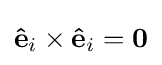
\mathbf {\hat {e}} _{i}\times \mathbf {\hat {e}} _{i}=\mathbf {0}